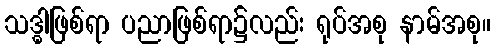
သဒ္ဓါဖြစ်ရာ ပညာဖြစ်ရာ၌လည်း ရုပ်အစု နာမ်အစု။